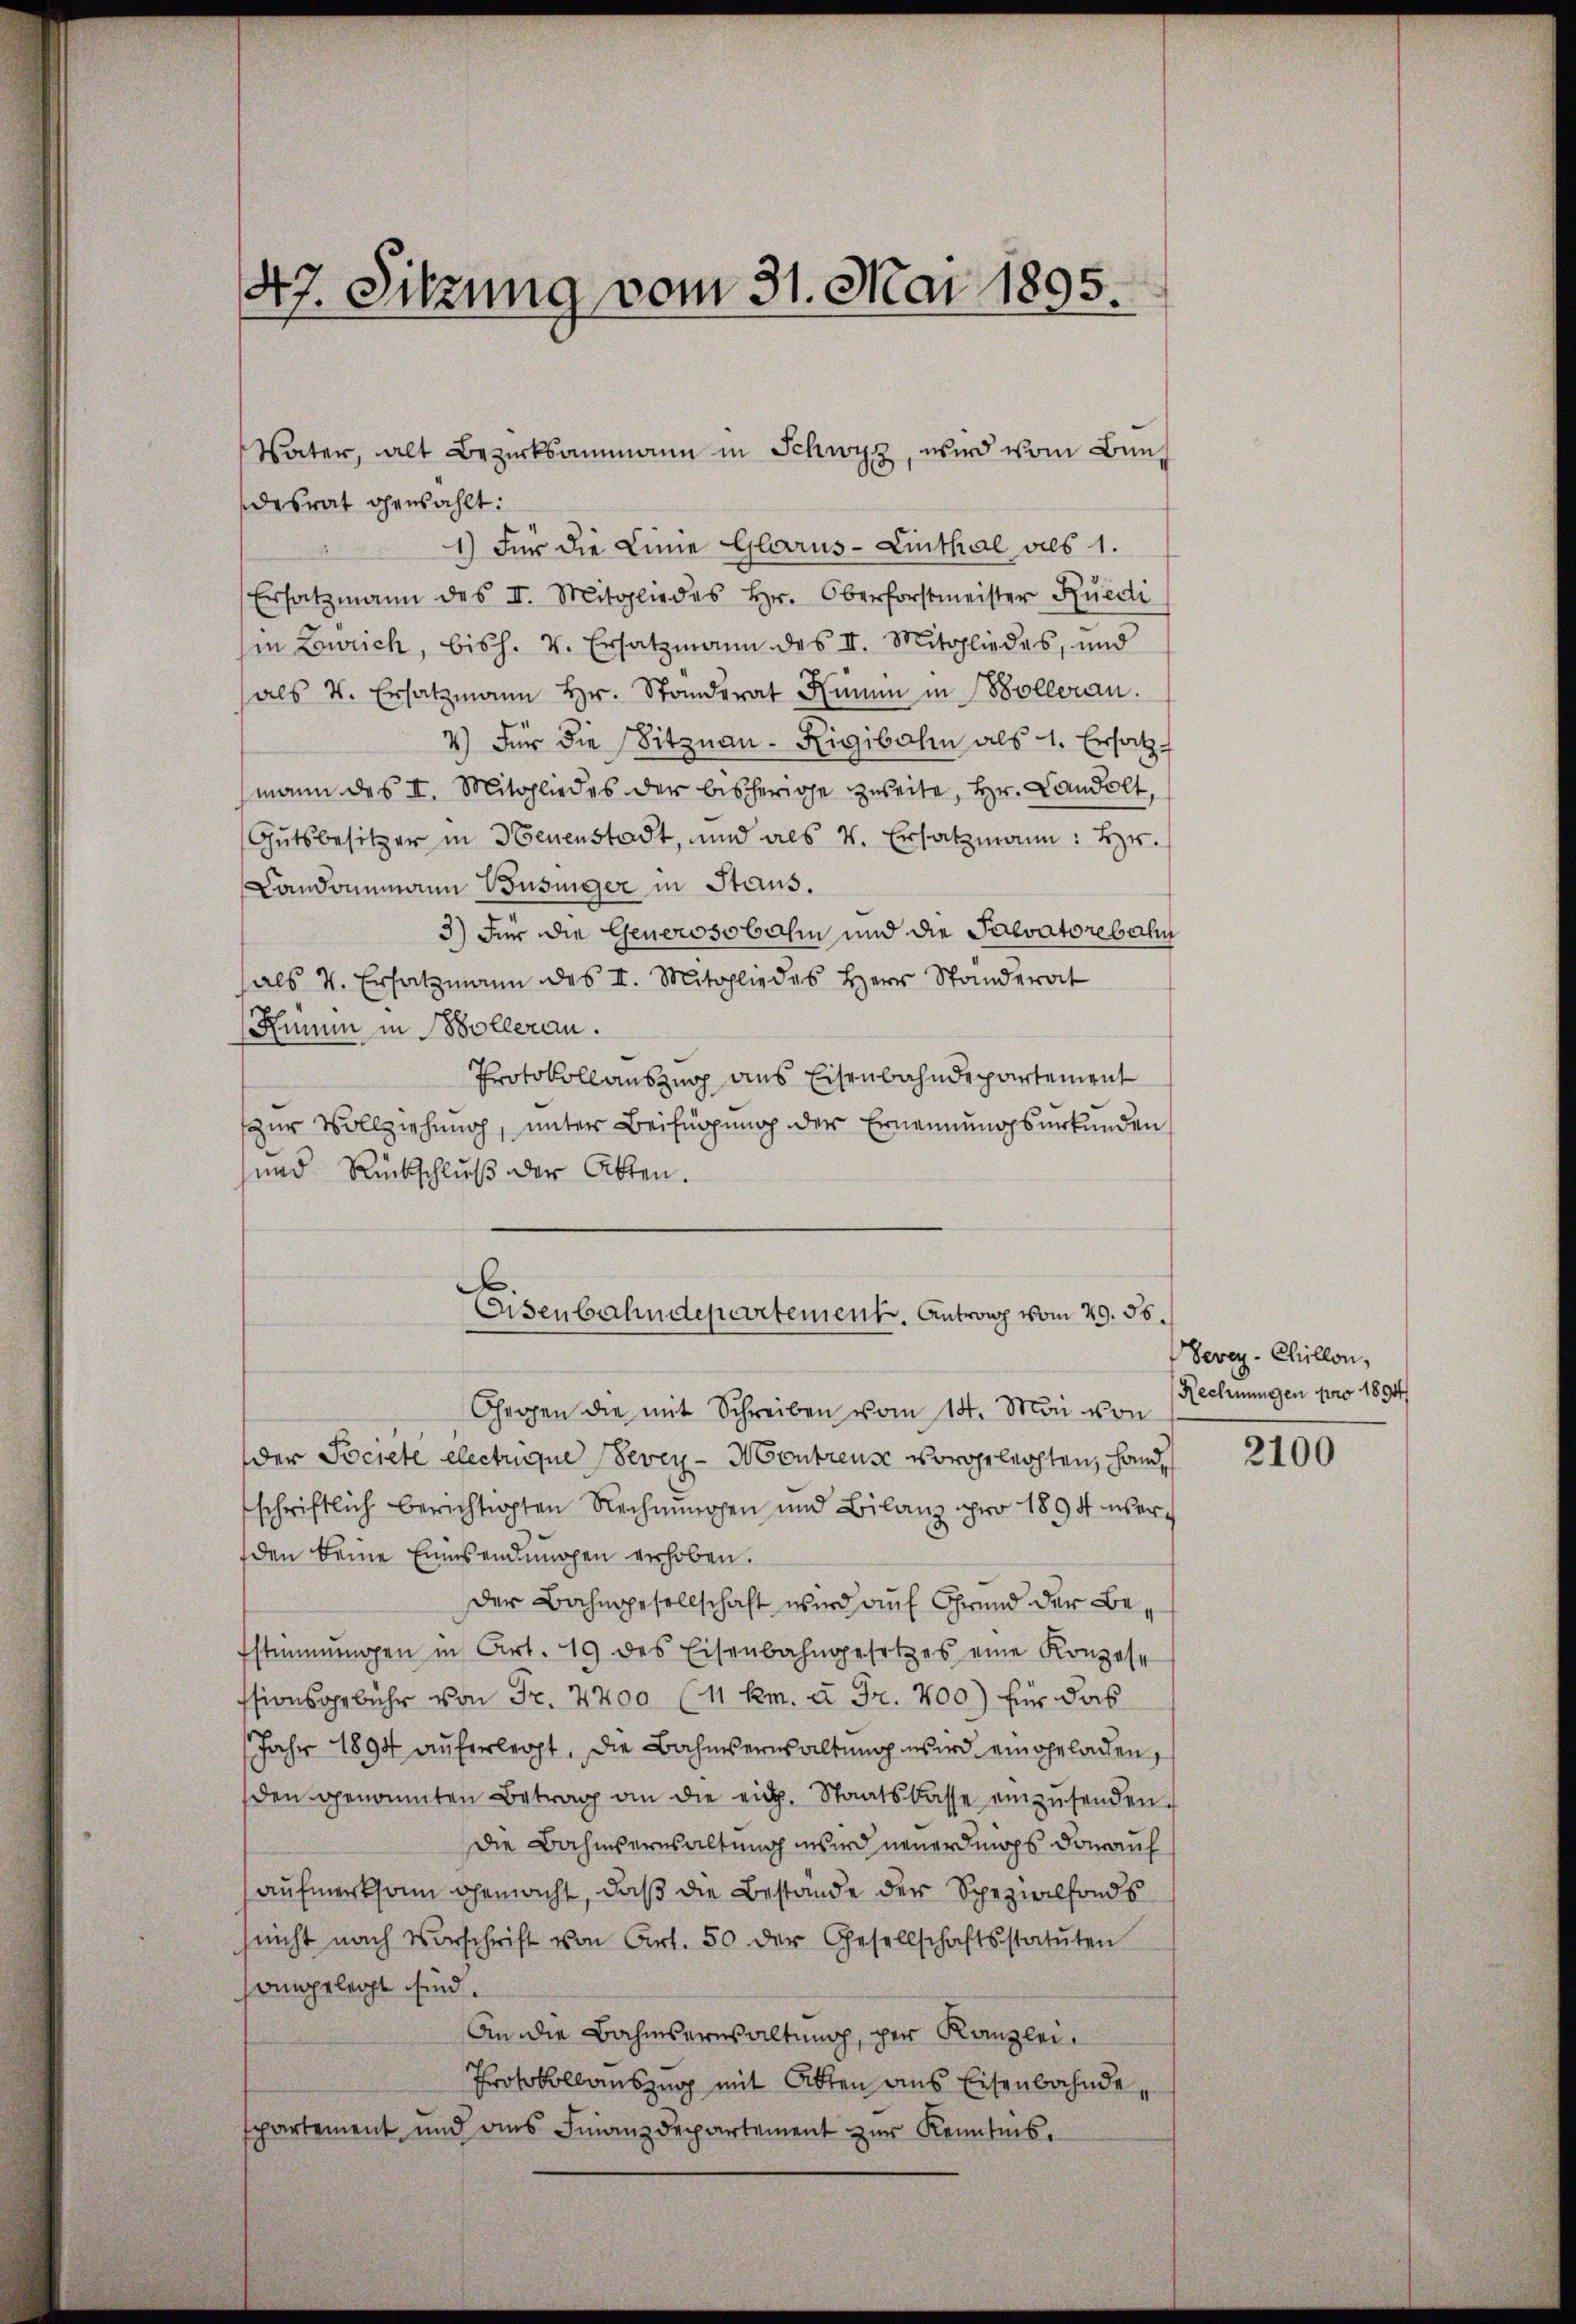
desrat gewählt:
1) Für die Linie Glarus - Linthal als 1.
Ersatzmann des II. Mitgliedes Hr. Oberforstmeister Rüedi
in Lourich, bish. v. Ersatzmann des II. Mitgliedes, und
als v. Ersatzmann Hr. Standerat Kimm in Bolleran.
4.) Für die Sitznau-Rigibahn als 1. Ersatz
mann des II. Mitgliedes der bisherige zweite, Hr. Landolt,
Gutsbesitzer in Benenstadt, und als 4. Ersatzmann: Hr.
Landonnmann Büsinger in Stans.
3) Für die Generosobehin und die Salvatorebahn
als 4. Ersatzmann des II. Mitgliedes Herr Standerat
Rumum in Bolleran.
Protokollauszug aus Eisenbahndepartement
zur Vollziehung, unter Beifügung der Ernennungsurkunden
und Rückschluß der Akten.
Eisenbahndepartement. Antrag vom 29. 55.
Gegen die mit Schreiben vom 14. Mai von
der Societe electrique even - Montreuse vorgeleichten, handschriftlich berichtigten Rechnungen und Bilanz pro 1894 überden keine Einsendungen erhoben.
der Bahngesellschaft wird auf Grund der Be¬
Estimmungen in Art. 19 des Eisenbahngesetzes eine Konzese
ssionsgebühr von Fr. 7200 (11 km. à Fr. 400) für das
Jahr 1894 auferleiht, die Bahmserwaltung wird eingeladen,
den genannten Betrag an die eidg. Staatskasse einzŭsenden.
die Bahnsernsaltung wird neuerdings darauf
aufmerksam gemacht, daß die Bestände der Spezialfonds
sicht nach Vorschrift von Art. 50 der Gesellschaftsstatŭten
sangelegt sind.
An die Bahmserwaltung, per Kanzlei.
Protokollauszug mit Otten aus Eisenbahndespartement und ans Finanzdepartement zur Kenntnis.

47. Sitzung vom 31. Mai 1895.

Vater, alt Bezirksammann in Schwyz, wird vom Bun¬

Vevey-Chillon,
Rechnungen pro 1894/

2100